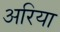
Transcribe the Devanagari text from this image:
अरिया